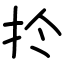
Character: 扵